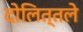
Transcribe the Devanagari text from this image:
दोलित्तले